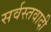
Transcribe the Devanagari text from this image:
सर्वस्तवादी